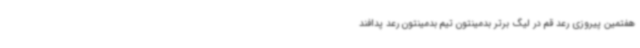
هفتمین پیروزی رعد قم در لیگ برتر بدمینتون تیم بدمینتون رعد پدافند